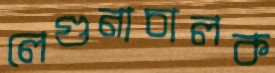
লেগুনাচালক